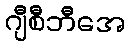
ဂျီစီဘီအေ